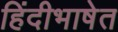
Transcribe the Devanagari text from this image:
हिंदीभाषेत